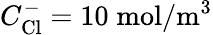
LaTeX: C_{\mathrm{Cl}}^{-}=10\; \mathrm{mol}/\mathrm{m}^{3}